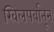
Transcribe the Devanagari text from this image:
खिलपर्वातून